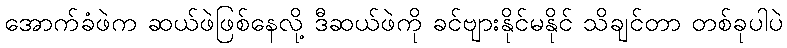
အောက်ခံဖဲက ဆယ်ဖဲဖြစ်နေလို့ ဒီဆယ်ဖဲကို ခင်ဗျားနိုင်မနိုင် သိချင်တာ တစ်ခုပါပဲ